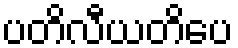
ပတိလီယတိပေ